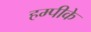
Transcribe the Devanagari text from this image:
हम्पीके